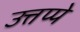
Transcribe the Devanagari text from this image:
उत्तप्पे